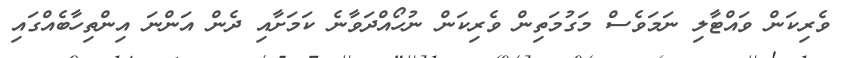
ވެރިކަން ވައްޓާލި ނަމަވެސް މަގުމަތިން ވެރިކަން ނުހޯއްދަވާނެ ކަމަށާއި ދެން އަންނަ އިންތިހާބެއްގައި